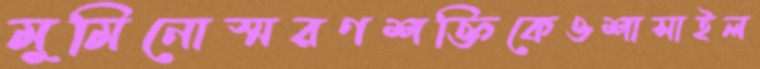
মুমিনোস্মরণশক্তিকেওশাসাইল